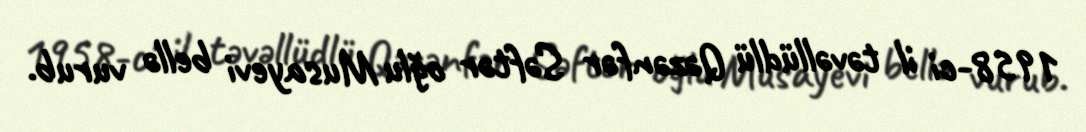
1958-ci il təvəllüdlü Qəzənfər Səftər oğlu Musayevi bellə vurub.